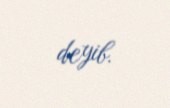
deyib.